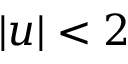
| u | < 2